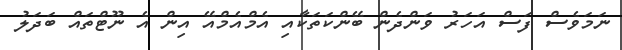
ނަމަވެސް ފަސް އަހަރު ވަންދެން ބޭންކަތަކާއި އެމްއެމްއޭ އިން އެ ނޫޓްތައް ބަދަލު